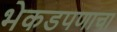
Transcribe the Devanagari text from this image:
भेकडपणाचा